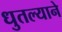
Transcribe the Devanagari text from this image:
धुतल्याने